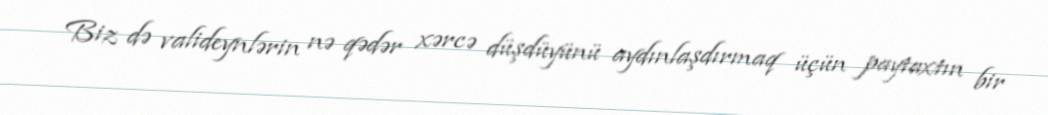
Biz də valideynlərin nə qədər xərcə düşdüyünü aydınlaşdırmaq üçün paytaxtın bir